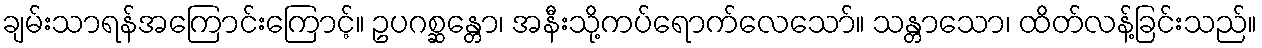
ချမ်းသာရန်အကြောင်းကြောင့်။ ဥပဂစ္ဆန္တော၊ အနီးသို့ကပ်ရောက်လေသော်။ သန္တာသော၊ ထိတ်လန့်ခြင်းသည်။